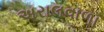
અરાલવાળા